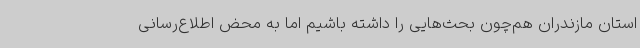
استان مازندران هم‌چون بحث‌هایی را داشته باشیم اما به محض اطلاع‌رسانی